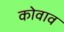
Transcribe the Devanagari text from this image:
कोवाव